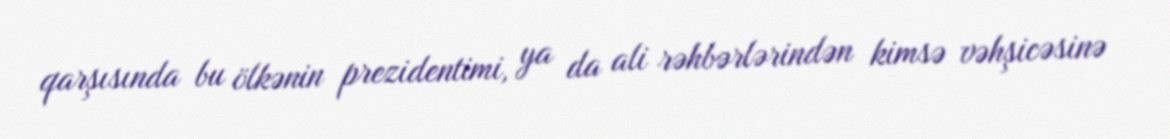
qarşısında bu ölkənin prezidentimi, ya da ali rəhbərlərindən kimsə vəhşicəsinə